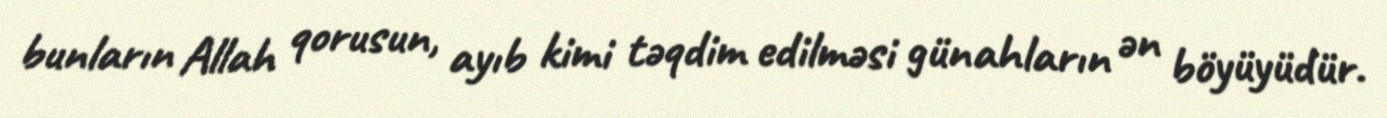
bunların Allah qorusun, ayıb kimi təqdim edilməsi günahların ən böyüyüdür.